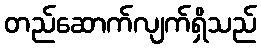
တည်ဆောက်လျက်ရှိသည်